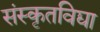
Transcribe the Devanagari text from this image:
संस्कृतविद्या